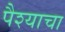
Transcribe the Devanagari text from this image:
पैश्याचा